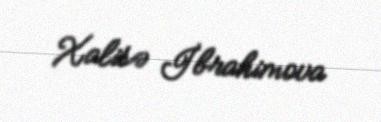
Xalisə İbrahimova